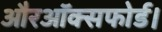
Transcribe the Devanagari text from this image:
औरऑक्सफोर्ड।